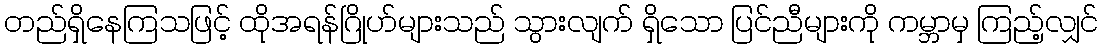
တည်ရှိနေကြသဖြင့် ထိုအရန်ဂြိုဟ်များသည် သွားလျက် ရှိသော ပြင်ညီများကို ကမ္ဘာမှ ကြည့်လျှင်